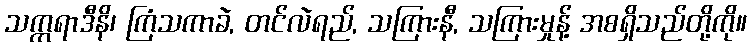
သက္ကရာဒီနိ၊ ကြံသကာခဲ, တင်လဲရည်, သကြားနီ, သကြားမှုန့် အစရှိသည်တို့ကို။